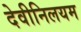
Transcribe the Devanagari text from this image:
देवीनिलयम